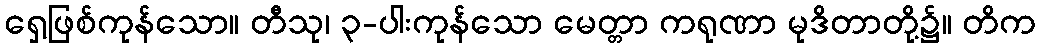
ရှေ့ဖြစ်ကုန်သော။ တီသု၊ ၃-ပါးကုန်သော မေတ္တာ ကရုဏာ မုဒိတာတို့၌။ တိက